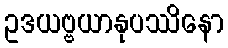
ဥဒယဗ္ဗယာနုပဿိနော